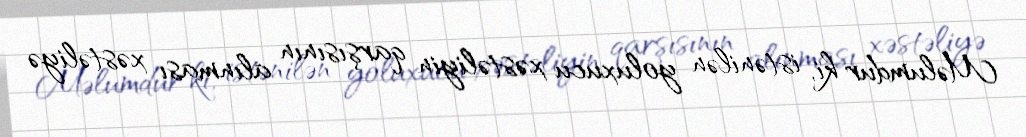
Məlumdur ki, istənilən yoluxucu xəstəliyin qarşısının alınması xəstəliyə